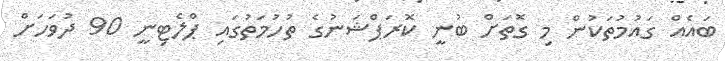
ބައެއް ގައުމުތަކުން މި ގޮތަށް ބުނީ ކޮރަޕްޝަނުގެ ތުހުމަތުގައި ޕްލެޓިނީ 90 ދުވަހަށް